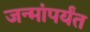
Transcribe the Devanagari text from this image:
जन्मांपर्यंत